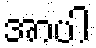
အာပါ